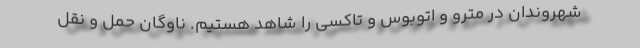
شهروندان در مترو و اتوبوس و تاکسی را شاهد هستیم. ناوگان حمل و نقل